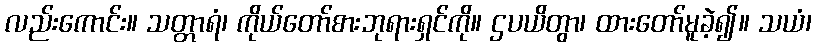
လည်းကောင်း။ သတ္တာရံ၊ ကိုယ်တော်စားဘုရားရှင်ကို။ ဌပယိတွာ၊ ထားတော်မူခဲ့၍။ သယံ၊